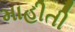
માહીતી